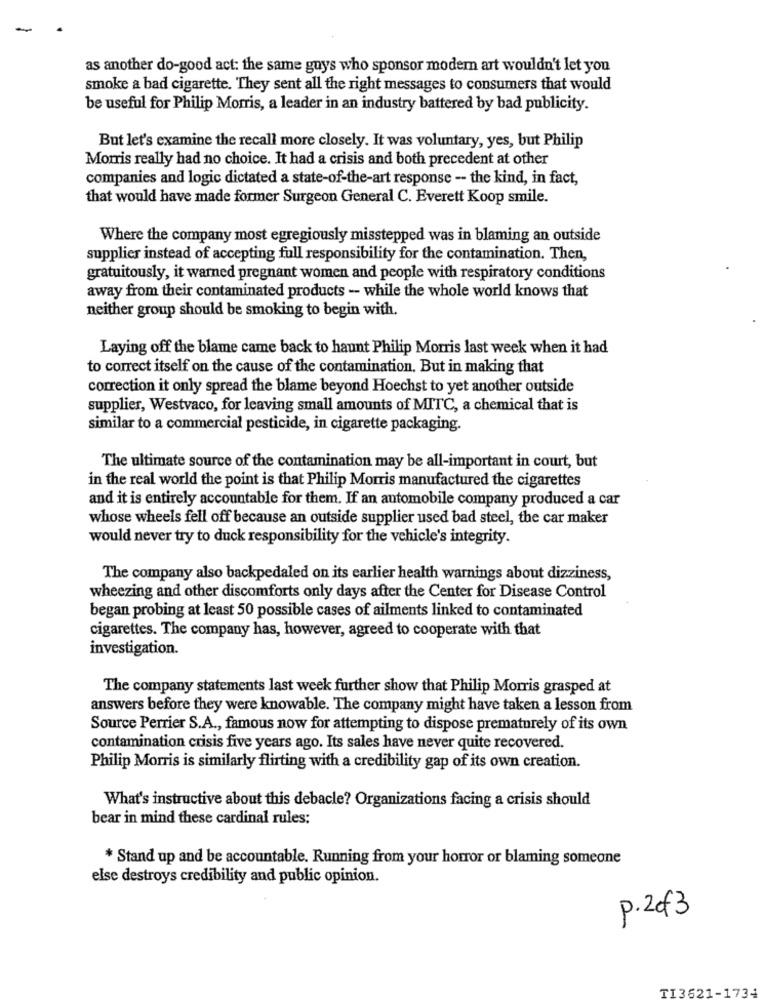
as another do-good act: the same guys who sponsor modern art wouldn't let you
smoke a bad cigarette. They sent all the right messages to consumers that would
be useful for Philip Morris, a leader in an industry battered by bad publicity.
But let's examine the recall more closely. It was voluntary, yes, but Philip
Morris really had no choice. It had a crisis and both precedent at other
companies and logic dictated a state-of-the-art response -- the kind, in fact,
that would have made former Surgeon General C. Everett Koop smile.
Where the company most egregiously misstepped was in blaming an outside
supplier instead of accepting full responsibility for the contamination. Then,
gratuitously, it warned pregnant women and people with respiratory conditions
away from their contaminated products - while the whole world knows that
neither group should be smoking to begin with.
Laying off the blame came back to haunt Philip Morris last week when it had
to correct itself on the cause of the contamination. But in making that
correction it only spread the blame beyond Hoechst to yet another outside
supplier, Westvaco, for leaving small amounts of MITC, a chemical that is
similar to a commercial pesticide, in cigarette packaging.
The ultimate source of the contamination may be all-important in court, but
in the real world the point is that Philip Morris manufactured the cigarettes
and it is entirely accountable for them. If an automobile company produced a car
whose wheels fell off because an outside supplier used bad steel, the car maker
would never try to duck responsibility for the vehicle's integrity.
The company also backpedaled on its earlier health warnings about dizziness,
wheezing and other discomforts only days after the Center for Disease Control
began probing at least 50 possible cases of ailments linked to contaminated
cigarettes. The company has, however, agreed to cooperate with that
investigation.
The company statements last week further show that Philip Morris grasped at
answers before they were knowable. The company might have taken a lesson from
Source Perrier S.A ., famous now for attempting to dispose prematurely of its own
contamination crisis five years ago. Its sales have never quite recovered.
Philip Morris is similarly flirting with a credibility gap of its own creation.
What's instructive about this debacle? Organizations facing a crisis should
bear in mind these cardinal rules:
* Stand up and be accountable. Running from your horror or blaming someone
else destroys credibility and public opinion.
P.2of3
TI3621-1734